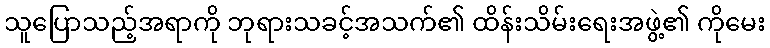
သူပြောသည့်အရာကို ဘုရားသခင့်အသက်၏ ထိန်းသိမ်းရေးအဖွဲ့၏ ကိုမေး